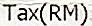
TAX(RM)